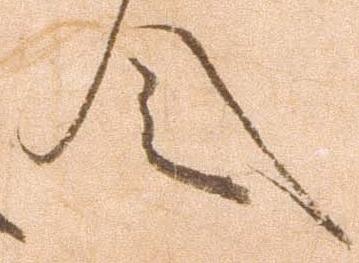
令